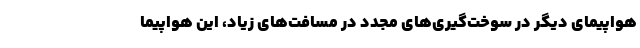
هواپیمای دیگر در سوخت‌گیری‌های مجدد در مسافت‌های زیاد، این هواپیما